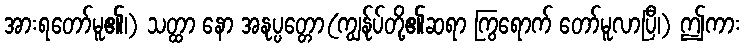
အားရတော်မူ၏၊) သတ္ထာ နော အနုပ္ပတ္တော(ကျွန်ုပ်တို့၏ဆရာ ကြွရောက် တော်မူလာပြီ၊) ဤကား